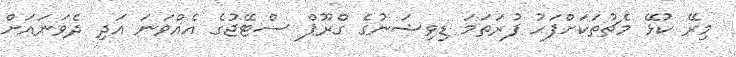
މިރޭ ކުޅޭ މެޗުތަކަށްފަހު ފުރަތަމަ ޑިވިޝަނުގެ ގްރޫޕް ސްޓޭޖުގެ އެއްވަނަ އަދި ދެވަނައަށް